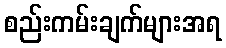
စည်းကမ်းချက်များအရ